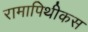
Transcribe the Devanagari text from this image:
रामापिथीकस